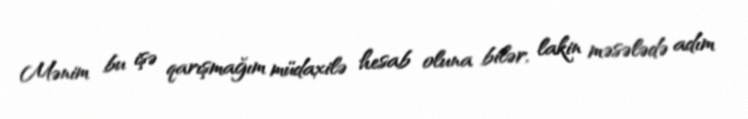
Mənim bu işə qarışmağım müdaxilə hesab oluna bilər, lakin məsələdə adım